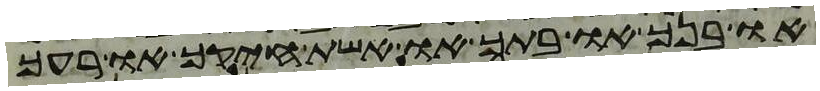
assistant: או בנך או בתך או אשת חיקך או רעך